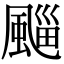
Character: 𩗮